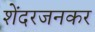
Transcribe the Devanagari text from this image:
शेंदरजनकर